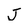
Character: J